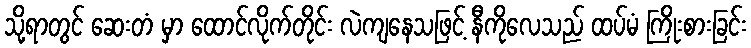
သို့ရာတွင် ဆေးတံ မှာ ထောင်လိုက်တိုင်း လဲကျနေသဖြင့် နီကိုလေသည် ထပ်မံ ကြိုးစားခြင်း